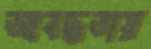
আবদ্ধতায়